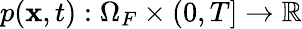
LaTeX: p(\mathbf{x},t):\Omega_{F}\times(0,T]\rightarrow\mathbb{R}